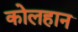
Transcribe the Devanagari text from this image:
कोलहान